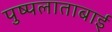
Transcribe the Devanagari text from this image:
पुष्पलाताबाई